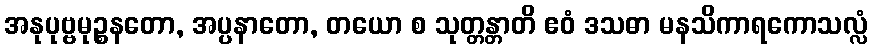
အနုပုဗ္ဗမုဉ္စနတော, အပ္ပနာတော, တယော စ သုတ္တန္တာတိ ဧဝံ ဒသဓာ မနသိကာရကောသလ္လံ